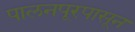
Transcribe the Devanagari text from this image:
पालनपूरपासून